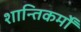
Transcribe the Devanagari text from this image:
शान्तिकर्मों